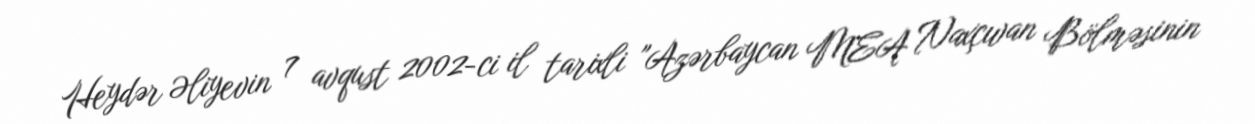
Heydər Əliyevin 7 avqust 2002-ci il tarixli "Azərbaycan MEA Naxçıvan Bölməsinin